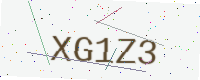
Text: XG1Z3